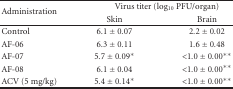
<table><thead><tr><td rowspan="2"><b>Administration</b></td><td colspan="2"><b>Virus titer (log<sub>10</sub> PFU/organ)</b></td></tr><tr><td><b>Skin</b></td><td><b>Brain</b></td></tr></thead><tbody><tr><td>Control</td><td>6.1 ± 0.07</td><td>2.2 ± 0.02</td></tr><tr><td>AF-06</td><td>6.3 ± 0.11</td><td>1.6 ± 0.48</td></tr><tr><td>AF-07</td><td>5.7 ± 0.09*</td><td>&lt;1.0 ± 0.00**</td></tr><tr><td>AF-08</td><td>6.1 ± 0.04</td><td>&lt;1.0 ± 0.00**</td></tr><tr><td>ACV (5 mg/kg)</td><td>5.4 ± 0.14*</td><td>&lt;1.0 ± 0.00**</td></tr></tbody></table>